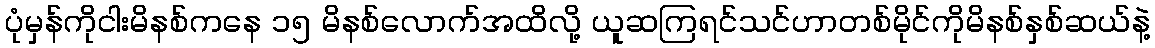
ပုံမှန်ကိုငါးမိနစ်ကနေ ၁၅ မိနစ်လောက်အထိလို့ ယူဆကြရင်သင်ဟာတစ်မိုင်ကိုမိနစ်နှစ်ဆယ်နဲ့